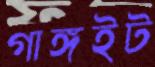
গাঙ্গইট